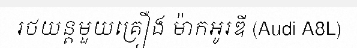
រថយន្តមួយគ្រឿង ម៉ាកអូរឌី (Audi A8L)